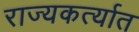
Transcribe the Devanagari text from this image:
राज्यकर्त्यात